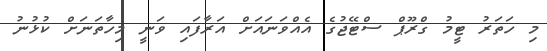
މި ހަތަރު ޓީމު ގްރޫޕް ސްޓޭޖުގެ އެއްވަނައަށް އަރާފައި ވަނީ މިހާތަނަށް ކުޅުނު